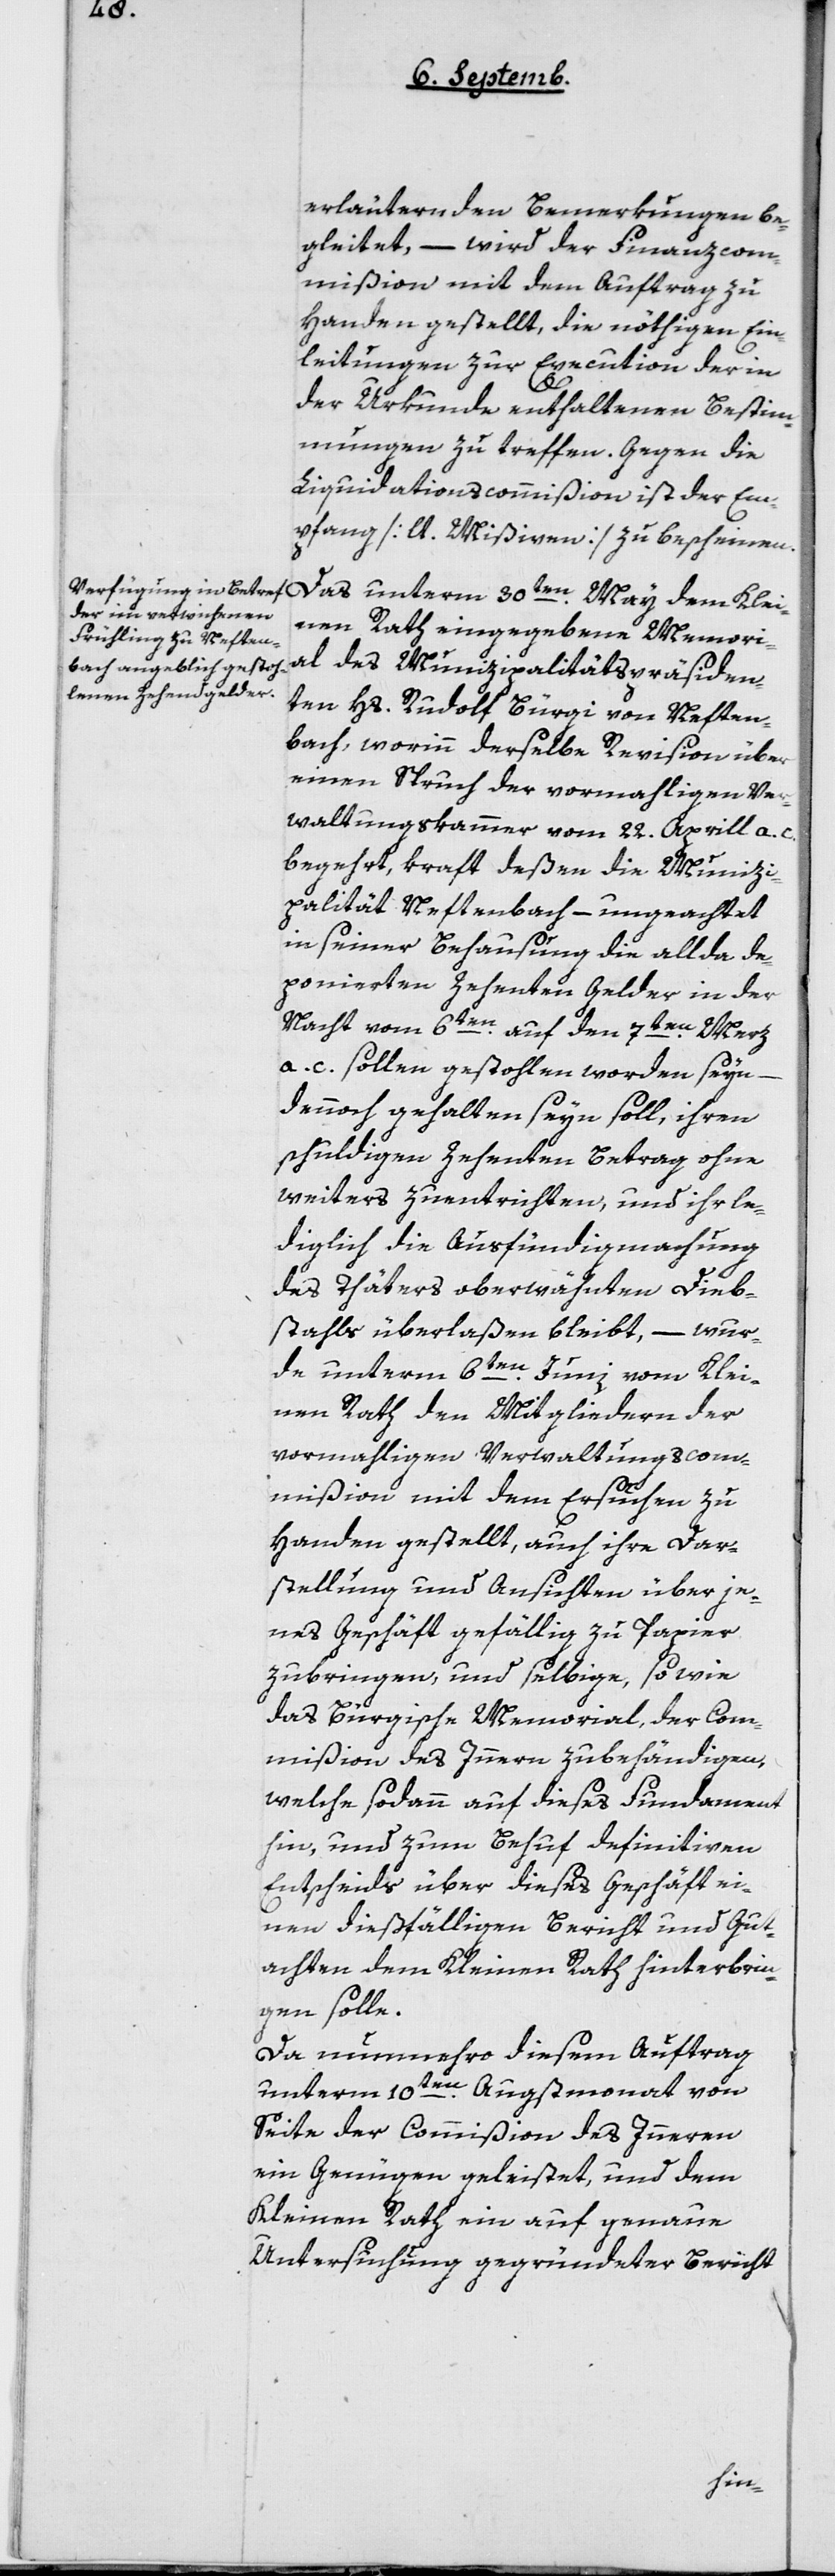
erläuternden Bemerkungen be¬
gleitet, – wird der Finanzcom¬
mißion mit dem Auftrag zu
Handen gestellt, die nöthigen Ein¬
leitungen zur Execution der in
der Urkunde enthaltenen Bestim¬
mungen zu treffen. Gegen die
Liquidationscommißion ist der Em¬
pfang [laut Mißiven] zu bescheinen.
Das unterm 30ten May dem Klei¬
nen Rath eingegebene Memori¬
al des Munizipalitätspräsiden¬
ten Hs. Rudolf Bürgi von Neften¬
bach, worinn derselbe Revision über
einen Spruch der vormahligen Ver¬
waltungskammer vom 22. Aprill a. c.
begehrt, kraft deßen die Munizi¬
palität Neftenbach – ungeachtet
in seiner Behausung die allda de¬
ponierten Zehenten-Gelder in der
Nacht vom 6ten auf den 7ten Merz
a. c. sollen gestohlen worden seyn,
–
dennoch gehalten seyn soll, ihren
schuldigen Zehenten Betrag ohne
weiters zu entrichten, und ihr le¬
diglich die Ausfündigmachung
des Thäters oberwähnten Dieb¬
stahls überlaßen bleibt, – wur¬
de unterm 6ten Juni vom Klei¬
nen Rath den Mitgliedern der
vormahligen Verwaltungscom¬
mißion mit dem Ersuchen zu
Handen gestellt, auch ihre Dar¬
stellung und Ansichten über je¬
nes Geschäft gefällig zu Papier
zu bringen, und selbige, so wie
das Bürgische Memorial der Com¬
mißion des Innern zu behändigen,
welche sodann auf dieses Fundament
hin, und zum Behuf definitiven
Entscheids über dieses Geschäft ei¬
nen dießfälligen Bericht und Gut¬
achten dem Kleinen Rath hinterbrin¬
gen solle.
Da nunmehro diesem Auftrag
unterm 10ten Augstmonat von
Seite der Commißion des Innern
ein Genügen geleistet, und dem
Kleinen Rath ein auf genaue
Untersuchung gegründeter Bericht